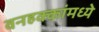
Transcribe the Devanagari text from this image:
वनहक्कांमध्ये